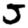
Digit: 5